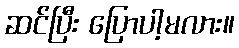
ဆင်ပြီး ပြောပါ့မလား။